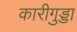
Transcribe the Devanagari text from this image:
कारीगुड्डा